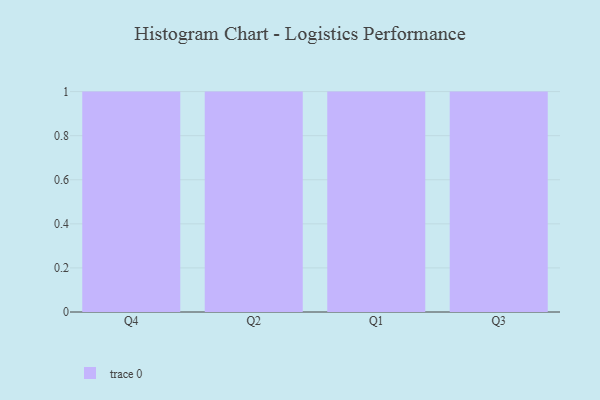
{"axis": {"x": "Quarter", "y": "Active Users"}, "legend": [""], "data": [{"x": "Q4", "y": 43, "type": ""}, {"x": "Q2", "y": 23, "type": ""}, {"x": "Q1", "y": 91, "type": ""}, {"x": "Q3", "y": 96, "type": ""}]}